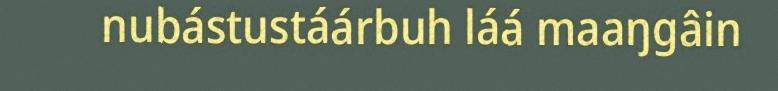
nubástustáárbuh láá maaŋgâin